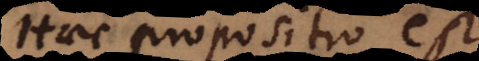
Haec propositio est